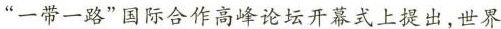
”一带一路”国际合作高峰论坛开幕式上提出，世界